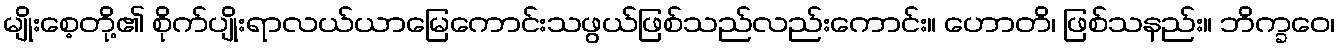
မျိုးစေ့တို့၏ စိုက်ပျိုးရာလယ်ယာမြေကောင်းသဖွယ်ဖြစ်သည်လည်းကောင်း။ ဟောတိ၊ ဖြစ်သနည်း။ ဘိက္ခဝေ၊